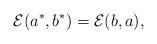
LaTeX: \begin{gather*}{\mathcal E}(a^*, b^*)={\mathcal E}(b, a),\end{gather*}